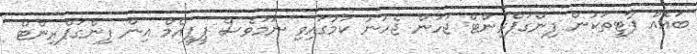
ބައެއް ޕާޓީތަކުން ފިންގަޕްރިންޓް ޖަހަން ޖެހުނު ކަމުގައިވި ނަމަވެސް ޕީޕީއެމް އިން ފިންގަޕްރިންޓް